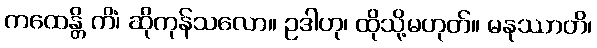
ကထေန္တိ ကိံ၊ ဆိုကုန်သလော။ ဥဒါဟု၊ ထိုသို့မဟုတ်။ မနုဿာတိ၊